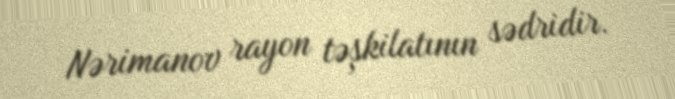
Nərimanov rayon təşkilatının sədridir.